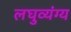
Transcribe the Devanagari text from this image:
लघुव्यंग्य